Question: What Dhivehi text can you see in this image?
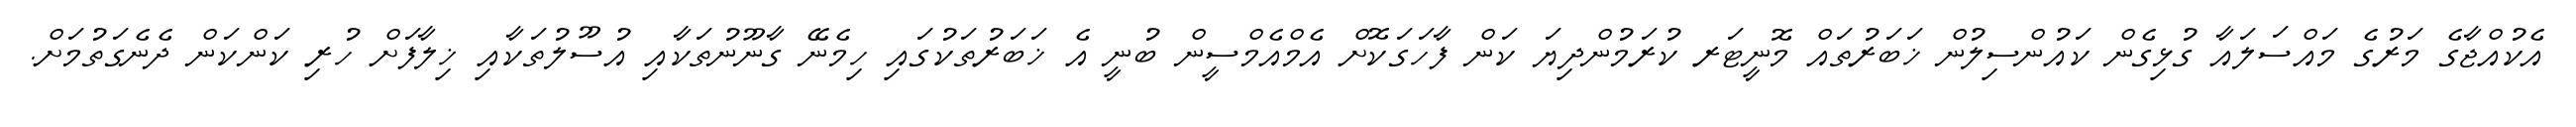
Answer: އެކުއްޖާގެ މަރުގެ މައްސަލައާ ގުޅިގެން ކައުންސިލުން ޚަބަރުތައް މޮނީޓަރ ކުރަމުންދިޔަ ކަން ފާހަގަކޮށް އެމްއެމްސީން ބުނީ އެ ޚަބަރުތަކުގައި ހިމެނޭ ގާނޫނުތަކާއި އުސޫލުތަކާއި ޚިލާފަށް ހުރި ކަންކަން ދެނެގަތުމަށް.